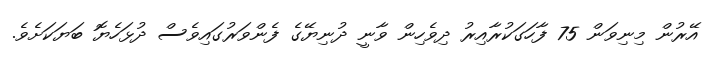
އޭރުން މިނިވަން 75 ފާހަގަކުރާއިރު ދިވެހިން ވާނީ ދުނިޔޭގެ ފެންވަރުގައިވެސް ދުޅަހެޔޮ ބަޔަކަށެވެ.